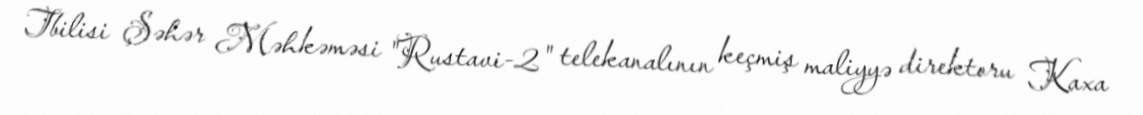
Tbilisi Şəhər Məhkəməsi "Rustavi-2" telekanalının keçmiş maliyyə direktoru Kaxa